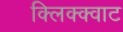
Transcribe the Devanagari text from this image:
क्लिक्क्वाट